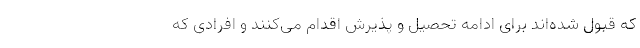
که قبول شده‌اند برای ادامه تحصیل و پذیرش اقدام می‌کنند و افرادی که